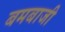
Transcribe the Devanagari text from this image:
बमबाजी